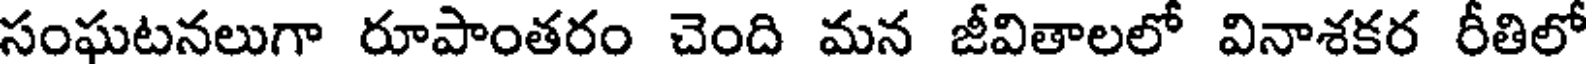
సంఘటనలుగా రూపాంతరం చెంది మన జీవితాలలో వినాశకర రీతిలో